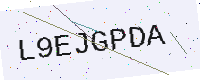
Text: L9EJGPDA